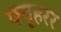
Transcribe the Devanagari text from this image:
फ्यूहरर